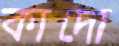
কাদো